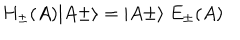
H _ { \pm } ( A ) \vert A \pm \rangle = \vert A \pm \rangle \ E _ { \pm } ( A )